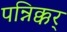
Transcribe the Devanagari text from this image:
पन्निक्कर्